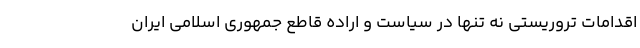
اقدامات تروریستی نه تنها در سیاست و اراده قاطع جمهوری اسلامی ایران